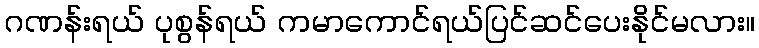
ဂဏန်းရယ် ပုစွန်ရယ် ကမာကောင်ရယ်ပြင်ဆင်ပေးနိုင်မလား။